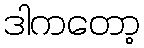
ဒါကတော့